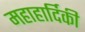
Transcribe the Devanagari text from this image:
महाहार्दिकी